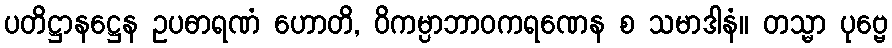
ပတိဋ္ဌာနဋ္ဌေန ဥပဓာရဏံ ဟောတိ, ဝိကမ္ပာဘာဝကရဏေန စ သမာဒါနံ။ တသ္မာ ပုဗ္ဗေ